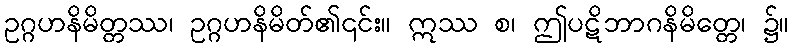
ဥဂ္ဂဟနိမိတ္တဿ၊ ဥဂ္ဂဟနိမိတ်၏၎င်း။ ဣဿ စ၊ ဤပဋိဘာဂနိမိတ္တေ၊ ၌။